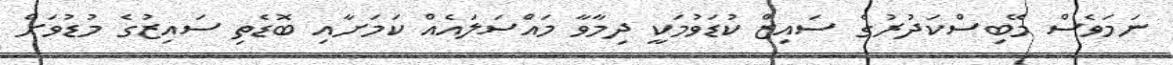
ނަމަވެސް މޭބިސްކަދުރުގެ ސައިޒް ކުޑަވުމަކީ ދިމާވާ މައްސަލައެއް ކަމަށާއި ބޮޑެތި ސައިޒުގެ މުޑުވަށް